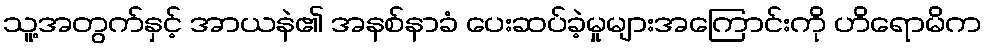
သူ့အတွက်နှင့် အာယနဲ၏ အနစ်နာခံ ပေးဆပ်ခဲ့မှုများအကြောင်းကို ဟိရောမိက